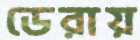
ডেরায়